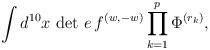
LaTeX: \begin{align*}{\int d^{10}x\, \det\, e\, f^{(w,-w)} \prod_{k=1}^p \Phi^{(r_k)},}\end{align*}